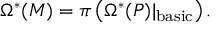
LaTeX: \Omega ^ { * } ( M ) = \pi \left( \Omega ^ { * } ( P ) \vert _ { \mathrm { b a s i c } } \right) .